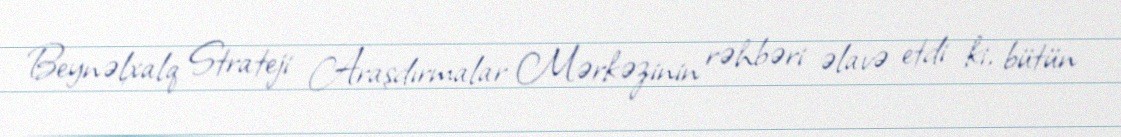
Beynəlxalq Strateji Araşdırmalar Mərkəzinin rəhbəri əlavə etdi ki, bütün